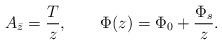
\begin{align*}A_{\bar z} = \frac{T}{z}, \qquad \Phi(z) = \Phi_0 + \frac{\Phi_s}{z}.\end{align*}